Subject: math
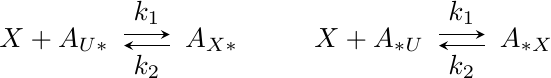
LaTeX code:
\begin{tikzpicture}[scale=1.0, baseline=(current  bounding  box.center)]
\node (XpAu1) at (-8,0) {$X + A_{U\ast}$};
\node (Ax1) at (-6,0) {$A_{X\ast}$};
\node (XpAu2) at (-4, 0)    {$X + A_{\ast U}$};
\node (Ax2) at (-2,0)    {$A_{\ast X}$};
\draw[arrows={-stealth},transform canvas={yshift=2pt}, shorten <=0.2em, shorten >=0.2em] (XpAu1) to node[above] {$k_1$} (Ax1);
\draw[arrows={-stealth},transform canvas={yshift=-2pt}, shorten <=0.2em, shorten >=0.2em] (Ax1) to node[below] {$k_2$} (XpAu1);
\draw[arrows={-stealth},transform canvas={yshift=2pt}, shorten <=0.2em, shorten >=0.2em] (XpAu2) to node[above] {$k_1$} (Ax2);
\draw[arrows={-stealth},transform canvas={yshift=-2pt}, shorten <=0.2em, shorten >=0.2em] (Ax2) to node[below] {$k_2$} (XpAu2);
\end{tikzpicture}